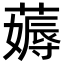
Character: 薅